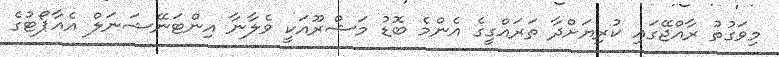
މިވަގުތު ރާއްޖޭގައި ކުރިޔަށްދާ ތަރައްގީގެ އެންމެ ބޮޑު މަޝްރޫއަކީ ވެލާނާ އިންޓަނޭޝަނަލް އެއާޕޯޓުގެ